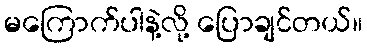
မကြောက်ပါနဲ့လို့ ပြောချင်တယ်။